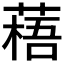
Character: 𫉎